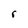
Character: r